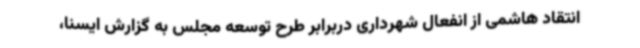
انتقاد هاشمی از انفعال شهرداری دربرابر طرح توسعه مجلس به گزارش ایسنا،